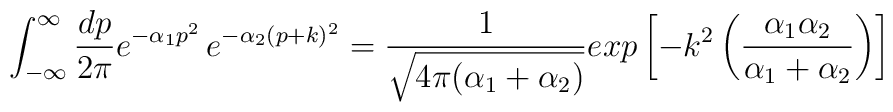
\int_{-\infty}^\infty {dp\over 2\pi} e^{-\alpha_1 p^2}\, e^{-\alpha_2(p+k)^2} ={1\over \sqrt{4\pi(\alpha_1+\alpha_2)}}exp\left[-k^2\left({\alpha_1\alpha_2\over \alpha_1+\alpha_2}\right) \right]